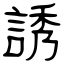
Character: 誘